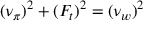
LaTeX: ( \nu _ { \pi } ) ^ { 2 } + ( F _ { t } ) ^ { 2 } = ( \nu _ { w } ) ^ { 2 }